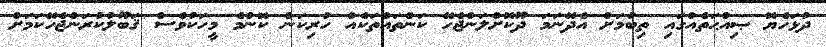
ދުޅަހެޔޮ ޞިއްޙަތެއްގައި ތިބުމަށް އެދޭނަމަ ދޫކޮށްލަންޖެހޭ ކަންތައްތަކެއް ހުރިކަން ކޮންމެ މީހަކުވެސް ޤަބޫލުކުރަންޖެހޭކަމަށް